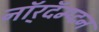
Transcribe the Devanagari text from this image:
नॉर्‌दॅम्प्टन